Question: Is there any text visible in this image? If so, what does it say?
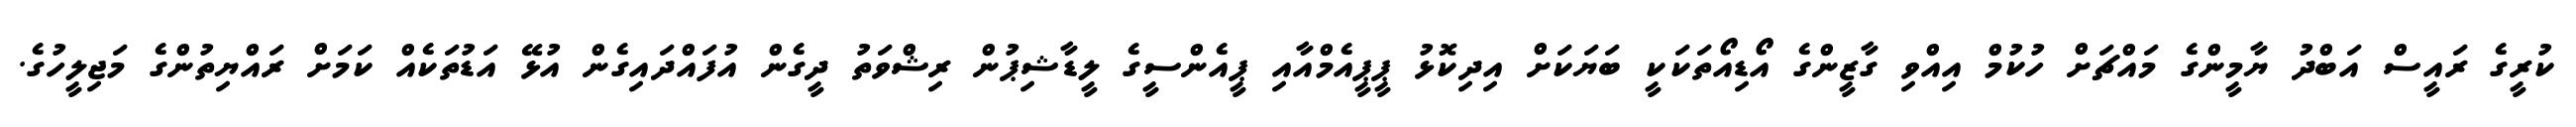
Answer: ކުރީގެ ރައީސް އަބްދު ޔާމީންގެ މައްޗަށް ހުކުމް އިއްވި ގާޒީންގެ އޯޑިއޯތަކަކީ ބަޔަކަށް އިދިކޮޅު ޕީޕީއެމްއާއި ޕީއެންސީގެ ލީޑާޝިޕުން ރިޝްވަތު ދީގެން އުފައްދައިގެން އުޅޭ އަޑުތަކެއް ކަމަށް ރައްޔިތުންގެ މަޖިލީހުގެ.